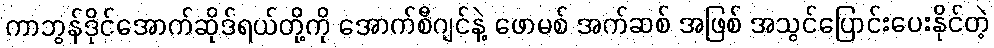
ကာဘွန်ဒိုင်အောက်ဆိုဒ်ရယ်တို့ကို အောက်စီဂျင်နဲ့ ဖောမစ် အက်ဆစ် အဖြစ် အသွင်ပြောင်းပေးနိုင်တဲ့